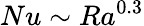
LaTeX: Nu\sim Ra^{0.3}